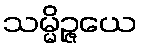
သမ္မိဉ္ဇယေ